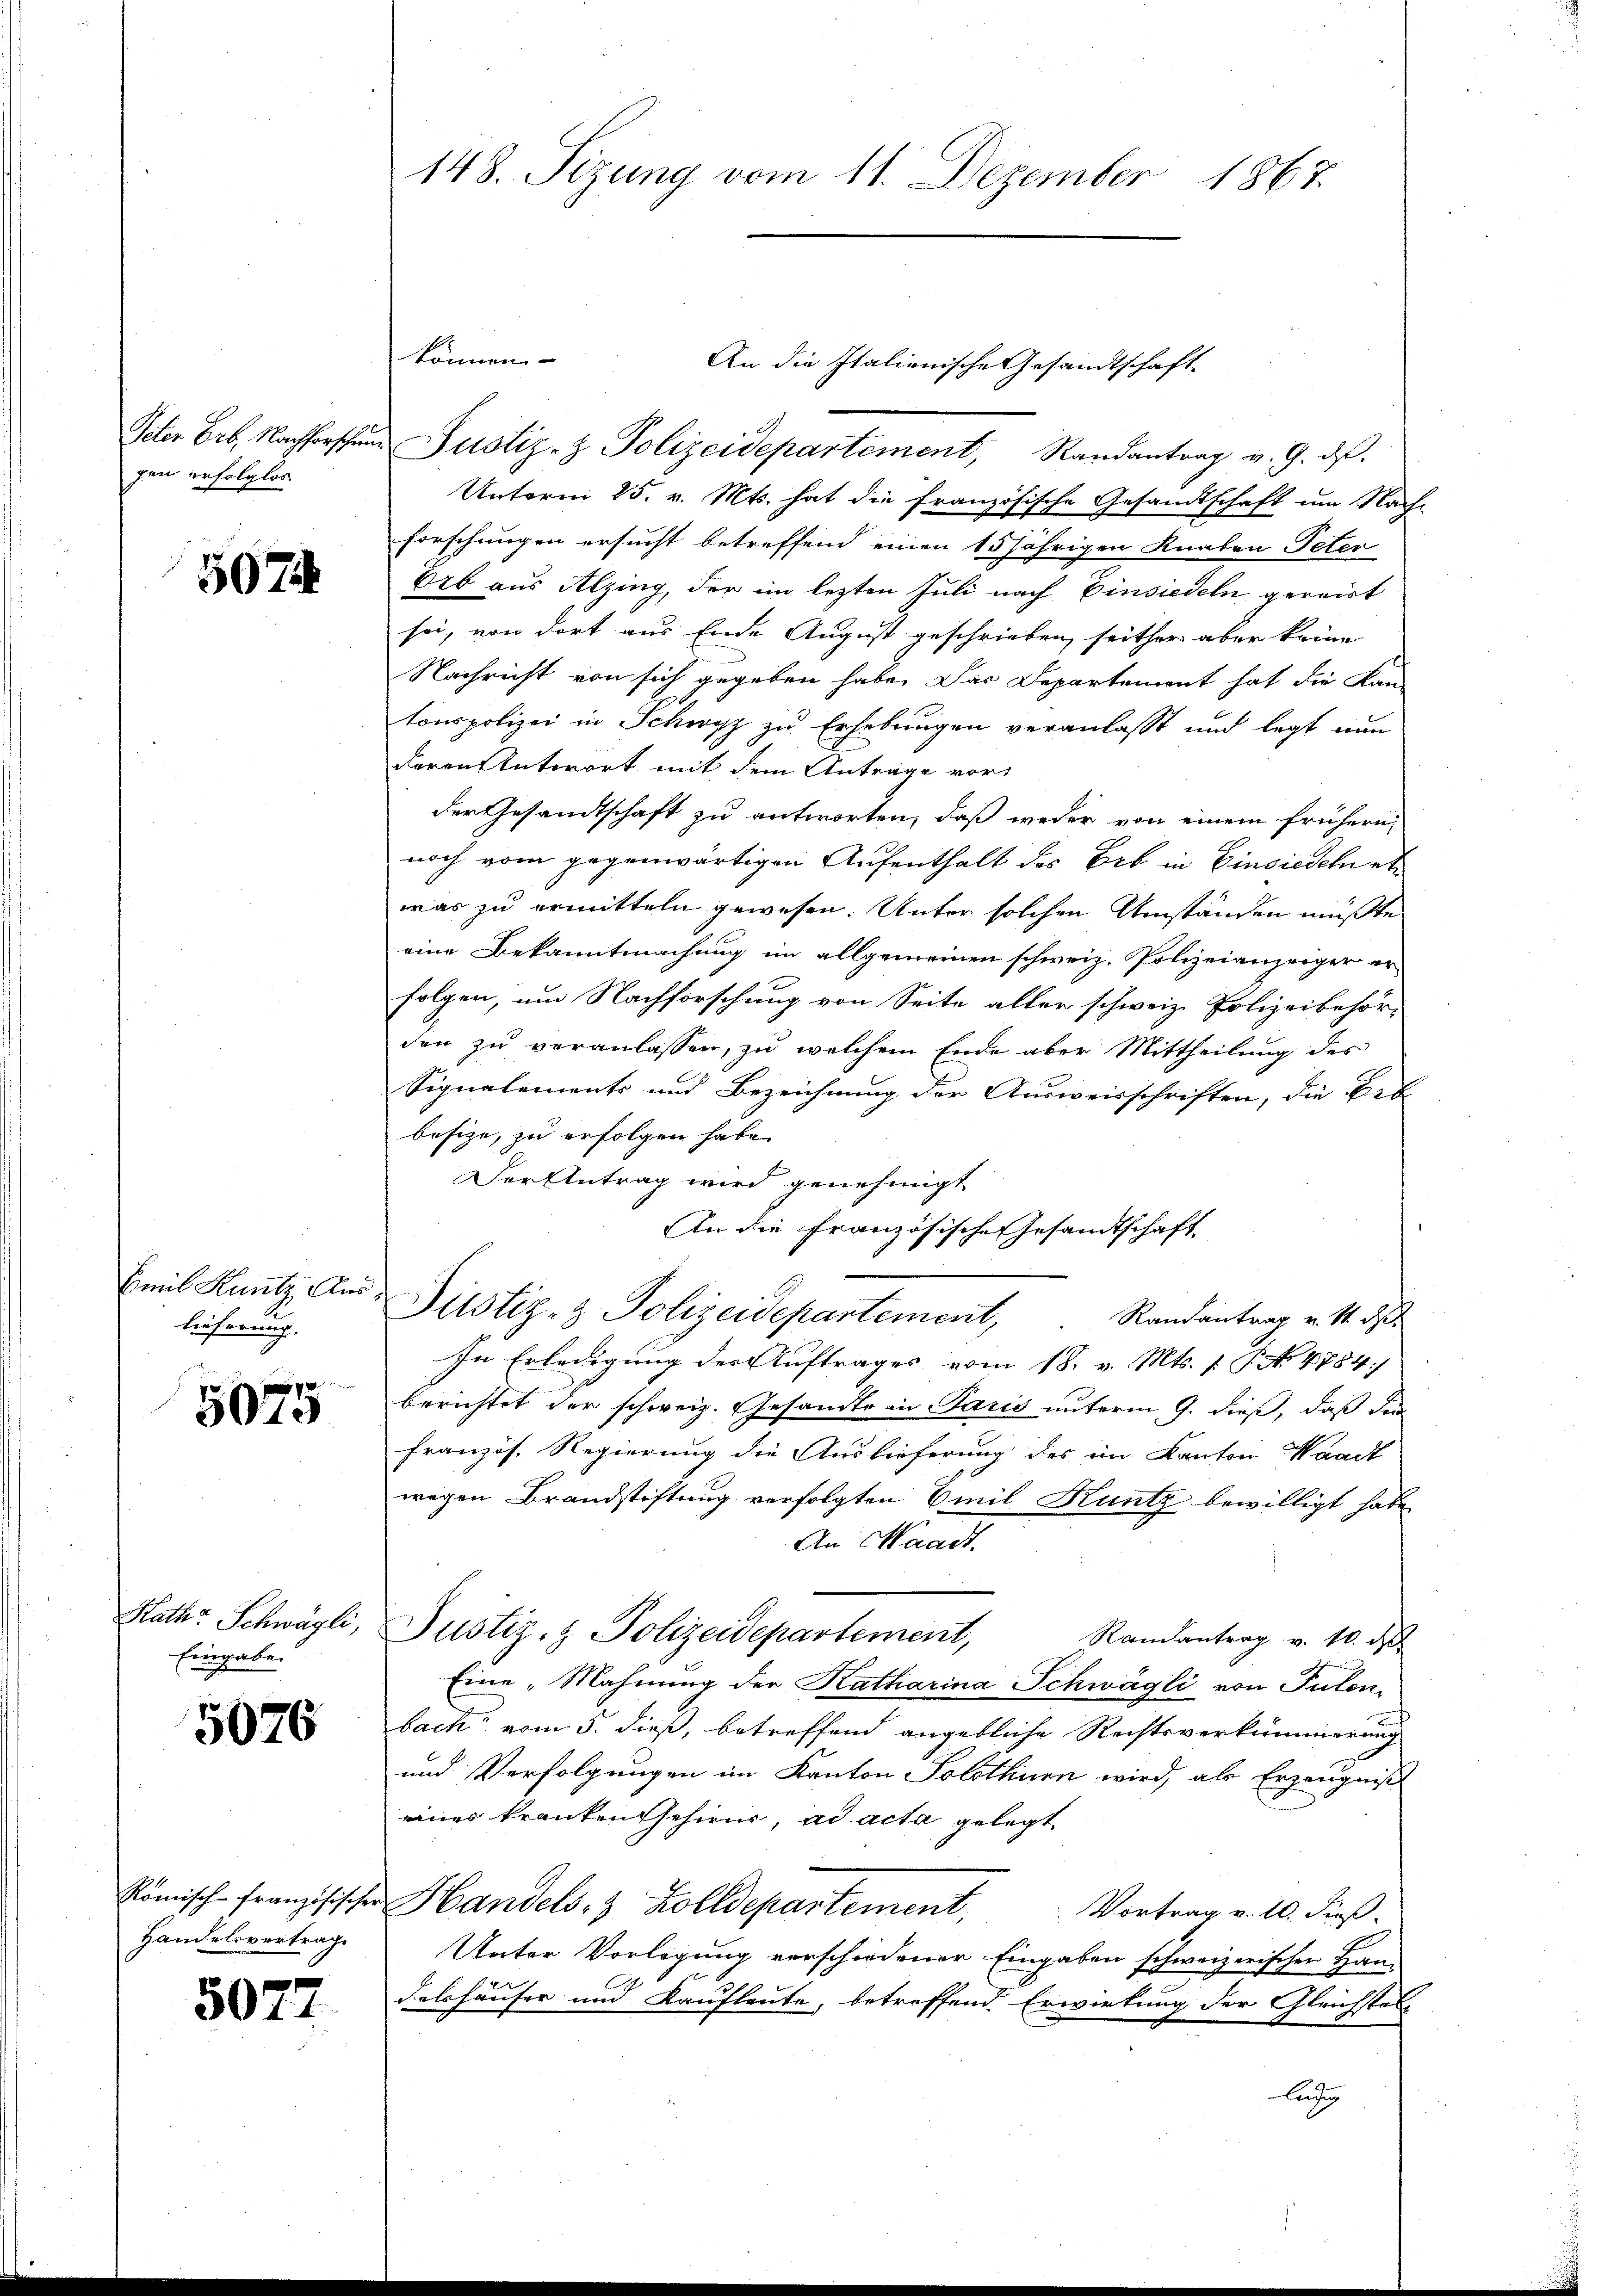
gen erfolglos

507

Emil Kuntz Aus
lieferung.

e
5010

Eingabe

5076

Handelsvertrage

507.

An die Italienische Gesandtschaft
Peter Erb. Nachforschen Justiz- & Polizeidepartement, Randantrag v. 9. ds.
Unterm 25. v. Mts. hat die französische Gesandtschaft um Nach-
forschungen ersucht betreffend einen 15 jährigen Knaben Peter
Erb aus Alzing, der im lezten Juli nach Einsiedeln gereist
sei, von dort aus Ende August geschrieben, seither aber keine
Nachricht von sich gegeben habe. Das Departement hat die Kan-
tonspolizei in Schwyz zu Erhebungen veranlasst und legt nun
deren Antwort mit dem Antrage vorder Gesandtschaft zu antworten, daß weder von einem frühern,
noch vom gegenwärtigen Aufenthalt des Erb in Einsiedeln etwas zu ermitteln gewesen. Unter solchen Umständen müßte
eine Bekanntmachung im allgemeinen schweiz. Polizeianzeiger erfolgen, um Nachforschung von Seite aller schweiz. Polizeibehör-
den zu veranlassen, zu welchem Ende aber Mittheilung des
Signalements und Bezeichnung der Ausweisschriften, die Bel
besitze, zu erfolgen habe.
Der Antrag wird genehmigt
An die Französische Gesandtschaft
Ditstiz- & Polizeidepartement, Randantrag v. 1. ds.
In Erledigung des Auftrages vom 18. v. Mts. f. P. No. 4784:
berichtet der schweiz. Gesandte in Paris unterm 9. dieß, daß der
französ. Regierung die Auslieferung des im Kanton Waadt
wegen Brandstiftung verfolgten Emil Kuntz bewilligt habe
An Waadt,
Kathr Schwägli, Justiz- & Polizeidepartement,
Randantrag v. 10. d
Eine „Mahnung der Katharina Schwägli von Pulen,
back vom 5. dieß, betreffend angebliche Rechtsverkümmerung
und Verfolgungen im Kanton Solothurn wird, als Erzeugniß
eines krankentschien, ad acta gelegt.
Römisch-Französischer Handels- & Zolldepartement,
Vortrag v. 10. dieß.
Unter Vorlegung verschiedener Eingaben schweizerischer Han-
delshäuser und Kaufleute, betreffend Erwirkung der Gleichstel-
lutig

148. Sizung vom 11. Dezember 1867.

können